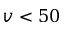
v < 5 0